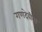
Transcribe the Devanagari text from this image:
गणदेवीस